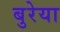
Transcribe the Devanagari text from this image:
बुरेया